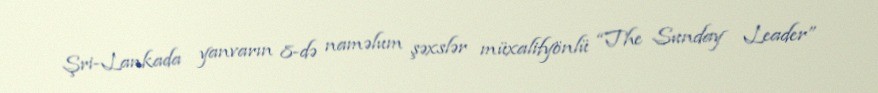
Şri-Lankada yanvarın 8-də naməlum şəxslər müxalifyönlü “The Sunday Leader”